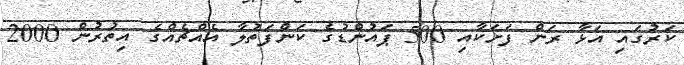
ކަރުގައި އަޅާ ރަން ފަށަކާއި 500 ޕައުންޑުގެ ކަންފަތުލާ އެއްޗެއްގެ އިތުރުން 2000